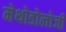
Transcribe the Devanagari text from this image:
मेथोडोलोजी